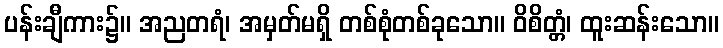
ပန်းချီကား၌။ အညတရံ၊ အမှတ်မရှိ တစ်စုံတစ်ခုသော။ ဝိစိတ္တံ၊ ထူးဆန်းသော။